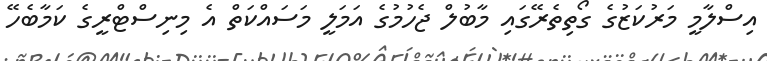
އިސްލާމީ މަރުކަޒުގެ ގޯތިތެރޭގައި މާބުލް ޖެހުމުގެ އަމަލީ މަސައްކަތް އެ މިނިސްޓްރީގެ ކަމާބެހޭ